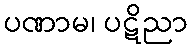
ပဏာမ၊ ပဋိညာ